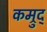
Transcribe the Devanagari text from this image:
कम्रुद्